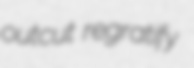
outcut regratify